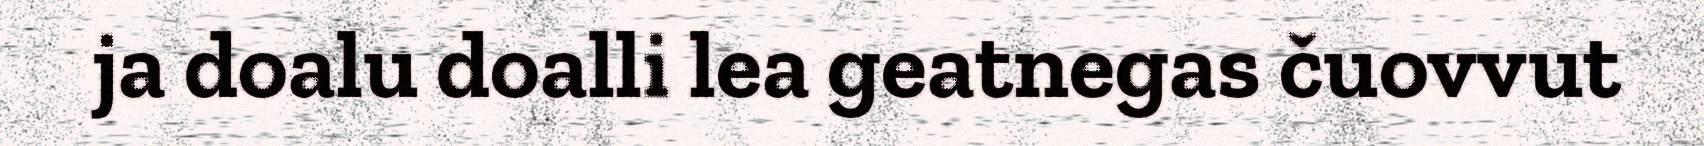
ja doalu doalli lea geatnegas čuovvut